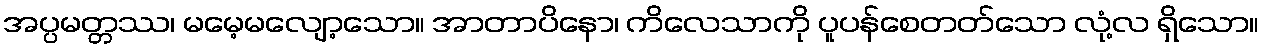
အပ္ပမတ္တဿ၊ မမေ့မလျော့သော။ အာတာပိနော၊ ကိလေသာကို ပူပန်စေတတ်သော လုံ့လ ရှိသော။